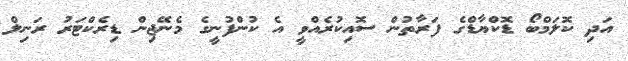
އަދި ކޮލަމްބޯ ޑޮކްޔާޑްގެ ފަރާތުން ސޮއިކުރެއްވީ އެ ކުންފުނީގެ މެނޭޖިން ޑިރެކްޓަރު ރަނިލް